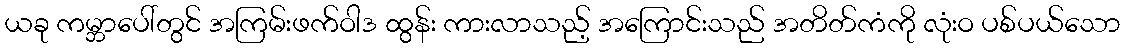
ယခု ကမ္ဘာပေါ်တွင် အကြမ်းဖက်ဝါဒ ထွန်း ကားလာသည့် အကြောင်းသည် အတိတ်ကံကို လုံးဝ ပစ်ပယ်သော